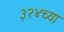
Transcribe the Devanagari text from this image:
३२४च्या